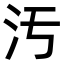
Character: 汚